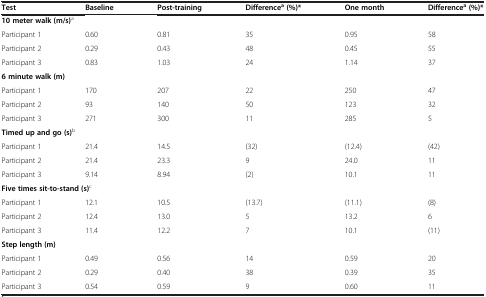
| Test | Baseline | Post-training | Differencea(%)* | One month | Differencea(%)* |
 | --- | --- | --- | --- | --- | --- |
 | <COLSPAN=6> 10 meter walk (m/s)a |
 | Participant 1 | 0.60 | 0.81 | 35 | 0.95 | 58 |
 | Participant 2 | 0.29 | 0.43 | 48 | 0.45 | 55 |
 | Participant 3 | 0.83 | 1.03 | 24 | 1.14 | 37 |
 | <COLSPAN=6> 6 minute walk (m) |
 | Participant 1 | 170 | 207 | 22 | 250 | 47 |
 | Participant 2 | 93 | 140 | 50 | 123 | 32 |
 | Participant 3 | 271 | 300 | 11 | 285 | 5 |
 | <COLSPAN=6> Timed up and go (s)b |
 | Participant 1 | 21.4 | 14.5 | (32) | (12.4) | (42) |
 | Participant 2 | 21.4 | 23.3 | 9 | 24.0 | 11 |
 | Participant 3 | 9.14 | 8.94 | (2) | 10.1 | 11 |
 | <COLSPAN=6> Five times sit-to-stand (s)c |
 | Participant 1 | 12.1 | 10.5 | (13.7) | (11.1) | (8) |
 | Participant 2 | 12.4 | 13.0 | 5 | 13.2 | 6 |
 | Participant 3 | 11.4 | 12.2 | 7 | 10.1 | (11) |
 | <COLSPAN=6> Step length (m) |
 | Participant 1 | 0.49 | 0.56 | 14 | 0.59 | 20 |
 | Participant 2 | 0.29 | 0.40 | 38 | 0.39 | 35 |
 | Participant 3 | 0.54 | 0.59 | 9 | 0.60 | 11 |